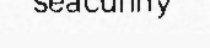
seacunny